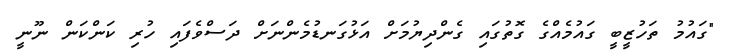
"ގައުމު ތަހުޒީބީ ގައުމެއްގެ ގޮތުގައި ގެންދިޔުމަށް އަޅުގަނޑުމެންނަށް ދަސްވެފައި ހުރި ކަންކަން ނޫނީ